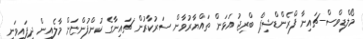
މޯލްޑިވްސް-ޗައިނާ ފްރެންޑްޝިޕް ބްރިޖު އަޅަން ތައްޔާރުވާން ސަރުކާރުން ޗައިނާގެ ކުންފުންޏަށް މާލެއިން ދީފައިވަނީ